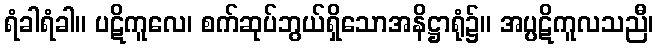
ရံခါရံခါ။ ပဋိကူလေ၊ စက်ဆုပ်ဘွယ်ရှိသောအနိဋ္ဌာရုံ၌။ အပ္ပဋိကူလသညီ၊